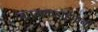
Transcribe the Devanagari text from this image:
ग्रामकडाईपानी